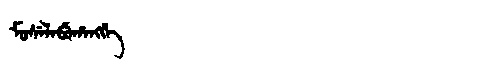
Manchu: ᠮᠣᠰᡝᠯᠠᠪᡠᡥᠠᠩᡤᡝ
Romanization: MOSELABUHANGGE